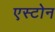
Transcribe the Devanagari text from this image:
एस्टोन